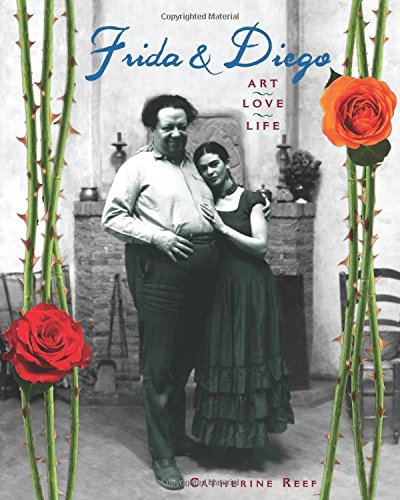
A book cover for Frida & Diego: Art, Love, Life; Catherine Reef; Teen & Young Adult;